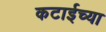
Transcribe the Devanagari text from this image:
कटाईच्या